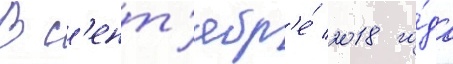
В с'ент'ябр'е́ 2018 го́да